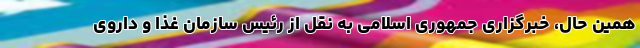
همین حال، خبرگزاری جمهوری اسلامی به نقل از رئیس سازمان غذا و داروی